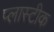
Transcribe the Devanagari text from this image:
प्लास्टीक